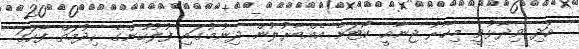
އަދި ވިދާޅުވީ މިހާރު ޖިނާއީ ކޯޓަށް އެއްބާރުލުން ދިނުމުގައި ފުލުހުންގެ ހިދުމަތް ފާހަގަ